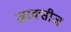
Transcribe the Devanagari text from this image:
ज़रक्सीज